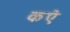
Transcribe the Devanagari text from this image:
कऐ